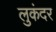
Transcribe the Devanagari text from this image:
लुकंदर